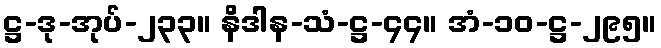
ဋ္ဌ-ဒု-အုပ်-၂၃၃။ နိဒါန-သံ-ဋ္ဌ-၄၄။ အံ-၁၀-ဋ္ဌ-၂၉၅။